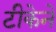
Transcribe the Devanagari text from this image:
टीकेने